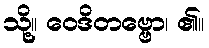
သို့။ ဝေဒိတဗ္ဗော၊ ၏။